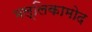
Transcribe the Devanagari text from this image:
मल्लिकामोद